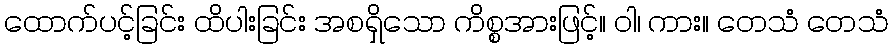
ထောက်ပင့်ခြင်း ထိပါးခြင်း အစရှိသော ကိစ္စအားဖြင့်။ ဝါ၊ ကား။ တေသံ တေသံ